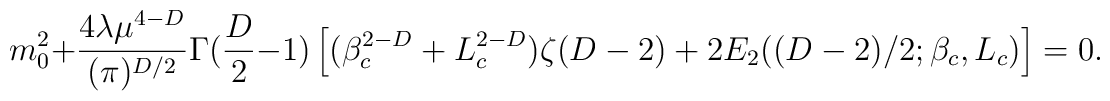
m_{0}^{2}+\frac{4\lambda \mu ^{4-D}}{(\pi )^{D/2}}\Gamma (\frac{D}{2}-1) \left[ (\beta _{c}^{2-D}+L_{c}^{2-D})\zeta (D-2)+2E_{2}((D-2)/2;\beta_{c},L_{c})\right] =0.